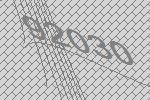
92030